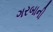
ગરબાની